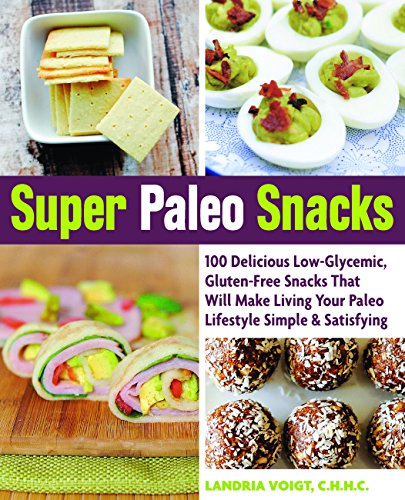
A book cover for Super Paleo Snacks: 100 Delicious Low-Glycemic, Gluten-Free Snacks That Will Make Living Your Paleo Lifestyle Simple & Satisfying; Landria Voigt; Cookbooks, Food & Wine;